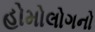
હોમોલોગનો